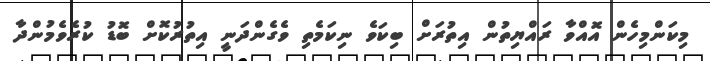
މިކަންމިހެން އޮއްވާ ރައްޔިތުން އިތުރަށް ބިކަވެ ނިކަމެތި ވެގެންދަނީ އިތުރުކޮށް ބޮޑު ކުރެވެމުންދާ